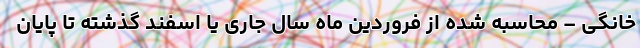
خانگی – محاسبه شده از فروردین ماه سال جاری یا اسفند گذشته تا پایان